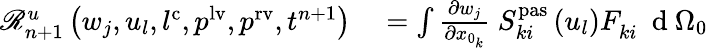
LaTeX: \begin{array}{rl}{\mathscr{R}_{n+1}^{u}\left(w_{j},u_{l},l^{\mathrm{c}},p^{\mathrm{lv}},p^{\mathrm{rv}},t^{n+1}\right)}&{{}=\int\frac{\partial w_{j}}{\partial x_{0_{k}}}\ S_{ki}^{\mathrm{pas}}\left(u_{l}\right)F_{ki}^{\phantom{}}\ \mathrm{~d~}{\Omega_{0}}}\end{array}